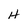
Character: H